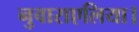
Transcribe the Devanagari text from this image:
नुवाराएलिया।